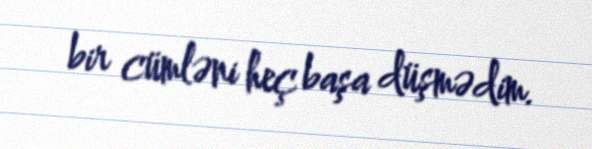
bir cümləni heç başa düşmədim.